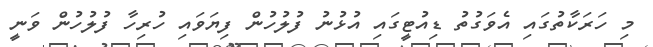
މި ހަރަކާތުގައި އެވަގުތު ޑިއުޓީގައި އުޅުނު ފުލުހުން ފިޔަވައި ހުރިހާ ފުލުހުން ވަނީ